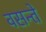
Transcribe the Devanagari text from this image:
वसन्ते